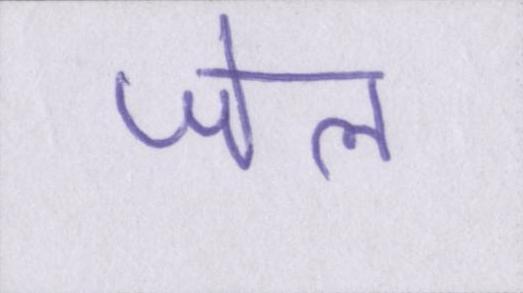
जेल